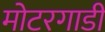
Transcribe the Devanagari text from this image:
मोटरगाडी